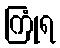
ကြုံရ